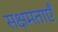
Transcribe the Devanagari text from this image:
सक्षमताएँ